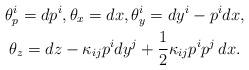
LaTeX: \begin{gather*}\theta_{p}^i = d p^i, \theta_x = dx, \theta_y^i = dy^i - p^i dx,\\\theta_z = dz - \kappa_{ij}p^i dy^j + \frac12 \kappa_{ij}{p^ip^j}\,dx.\end{gather*}